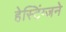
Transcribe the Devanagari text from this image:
हेस्टिंग्जने